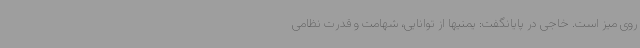
روی میز است. خاجی در پایانگفت: یمنیها از توانایی، شهامت و قدرت نظامی